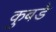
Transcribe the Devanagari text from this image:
कुबडे